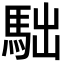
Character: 𩢎